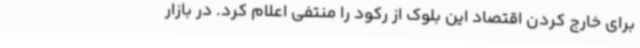
برای خارج کردن اقتصاد این بلوک از رکود را منتفی اعلام کرد. در بازار